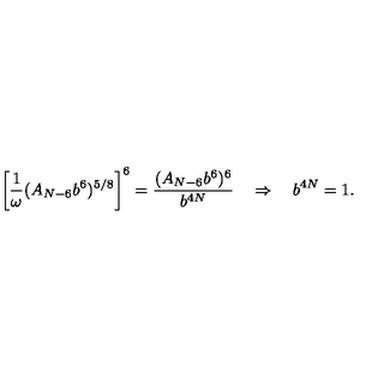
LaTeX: \left[ \frac { 1 } { \omega } ( A _ { N - 6 } b ^ { 6 } ) ^ { 5 / 8 } \right] ^ { 6 } = \frac { ( A _ { N - 6 } b ^ { 6 } ) ^ { 6 } } { b ^ { 4 N } } \quad \Rightarrow \quad b ^ { 4 N } = 1 .